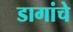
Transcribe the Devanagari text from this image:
डागांचे